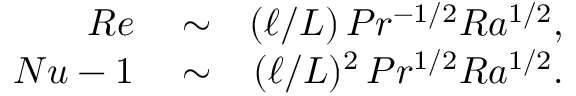
\begin{array} { r l r } { R e } & { { } \sim } & { ( { \ell } / { L } ) \, P r ^ { - 1 / 2 } R a ^ { 1 / 2 } , } \\ { N u - 1 } & { { } \sim } & { ( { \ell } / { L } ) ^ { 2 } \, P r ^ { 1 / 2 } R a ^ { 1 / 2 } . } \end{array}